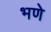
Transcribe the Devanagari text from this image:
भणे